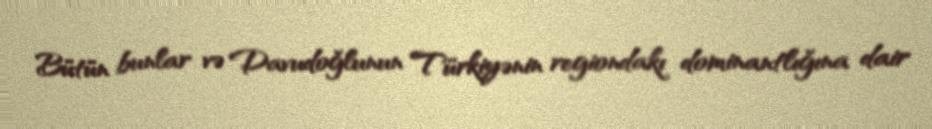
Bütün bunlar və Davudoğlunun Türkiyənin regiondakı dominantlığına dair